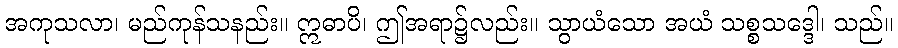
အကုသလာ၊ မည်ကုန်သနည်း။ ဣဓာပိ၊ ဤအရာ၌လည်း။ သွာယံသော အယံ သစ္စသဒ္ဒေါ၊ သည်။